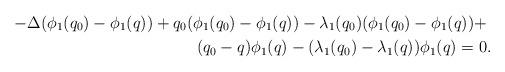
LaTeX: \begin{align*}-\Delta(\phi_1(q_0)-\phi_1(q))+q_0(\phi_1(q_0)-\phi_1(q))-\lambda_1(q_0)(\phi_1(q_0)-\phi_1(q))+&\\(q_0-q)\phi_1(q)-(\lambda_1(q_0)-\lambda_1(q))\phi_1(q)=0&.\end{align*}